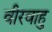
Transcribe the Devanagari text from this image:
वीरवाहु